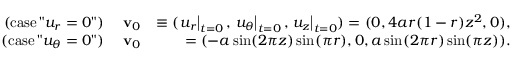
\begin{array} { r l r } { \mathrm { ( c a s e \, " } u _ { r } = 0 \mathrm { " ) } } & { { } \; \mathbf { v } _ { 0 } } & { \equiv ( \left. u _ { r } \right| _ { t = 0 } , \left. u _ { \theta } \right| _ { t = 0 } , \left. u _ { z } \right| _ { t = 0 } ) = ( 0 , 4 a r ( 1 - r ) z ^ { 2 } , 0 ) , } \\ { \mathrm { ( c a s e \, " } u _ { \theta } = 0 \mathrm { " ) } } & { { } \; \mathbf { v } _ { 0 } } & { = ( - a \sin ( 2 \pi z ) \sin ( \pi r ) , 0 , a \sin ( 2 \pi r ) \sin ( \pi z ) ) . } \end{array}